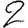
Digit: 2